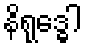
နိရုဒ္ဓေါ